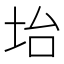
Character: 坮